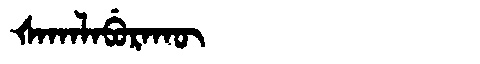
Manchu: ᡧᠠᡴᠠᠯᠠᠪᡠᡵᠠᡴᡡ
Romanization: ŠAKALABURAKŪ